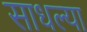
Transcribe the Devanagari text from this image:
साधल्या